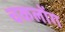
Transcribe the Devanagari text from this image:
चकलोंग